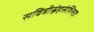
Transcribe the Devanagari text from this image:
सवित्रीस्नेहसंश्लिष्टः